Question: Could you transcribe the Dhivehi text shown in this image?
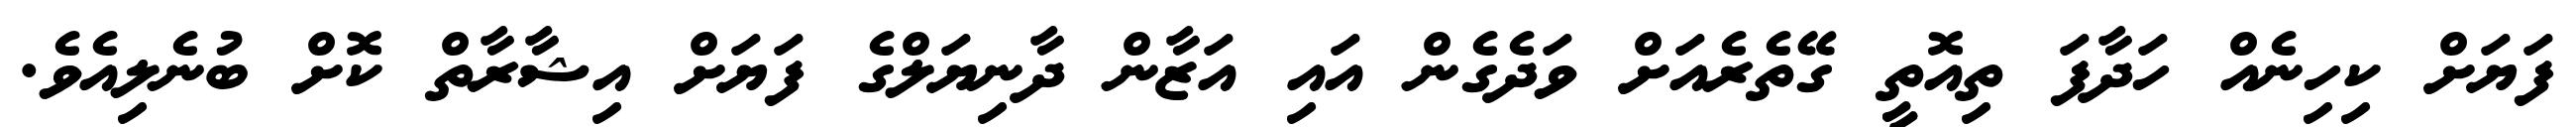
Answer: ފަޔަށް ކިހިނެއް ހަދާފަ ތިއޮތީ ގޭތެރެއަށް ވަދެގެން އައި އަޒާން ދާނިޔަލްގެ ފަޔަށް އިޝާރާތް ކޮށް ބުނެލިއެވެ.